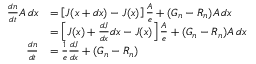
{ \begin{array} { r l } { { \frac { d n } { d t } } A \, d x } & { = \left[ J ( x + d x ) - J ( x ) \right] { \frac { A } { e } } + ( G _ { n } - R _ { n } ) A \, d x } \\ & { = \left[ J ( x ) + { \frac { d J } { d x } } d x - J ( x ) \right] { \frac { A } { e } } + ( G _ { n } - R _ { n } ) A \, d x } \\ { { \frac { d n } { d t } } } & { = { \frac { 1 } { e } } { \frac { d J } { d x } } + ( G _ { n } - R _ { n } ) } \end{array} }